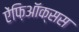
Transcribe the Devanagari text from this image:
ऐंफ़िऑक्सस